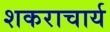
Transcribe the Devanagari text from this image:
शकराचार्य